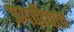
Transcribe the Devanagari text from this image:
प्रगतीचाच